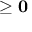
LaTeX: \mathbf { \mu } \geq \mathbf { 0 }